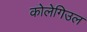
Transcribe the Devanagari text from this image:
कोलेगिउल